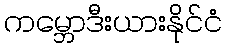
ကမ္ဘောဒီးယားနိုင်ငံ